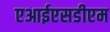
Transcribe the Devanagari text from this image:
एआईएसडीएम